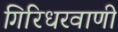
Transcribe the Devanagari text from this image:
गिरिधरवाणी